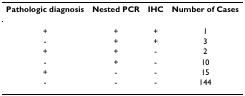
<table><thead><tr><td><b>Pathologic diagnosis</b></td><td><b>Nested PCR</b></td><td><b>IHC</b></td><td><b>Number of Cases</b></td></tr></thead><tbody><tr><td>+</td><td>+</td><td>+</td><td>1</td></tr><tr><td>-</td><td>+</td><td>+</td><td>3</td></tr><tr><td>+</td><td>+</td><td>-</td><td>2</td></tr><tr><td>-</td><td>+</td><td>-</td><td>10</td></tr><tr><td>+</td><td>-</td><td>-</td><td>15</td></tr><tr><td>-</td><td>-</td><td>-</td><td>144</td></tr></tbody></table>